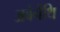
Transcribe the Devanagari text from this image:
अबेर्नेथि